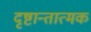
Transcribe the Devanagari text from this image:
दृष्टान्तात्मक